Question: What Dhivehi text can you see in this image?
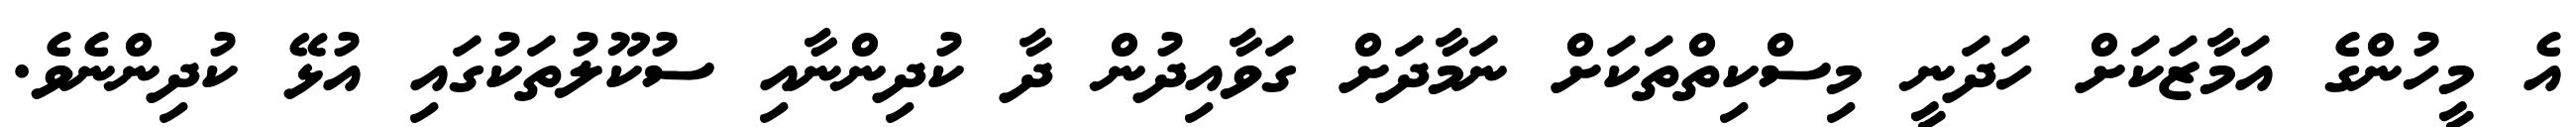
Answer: އެ މީހުންގެ އަމާޒަކަށް ހަދަނީ މިސްކިތްތަކަށް ނަމާދަށް ގަވާއިދުން ދާ ކުދިންނާއި ސުކޫލުތަކުގައި އުޅޭ ކުދިންނެވެ.